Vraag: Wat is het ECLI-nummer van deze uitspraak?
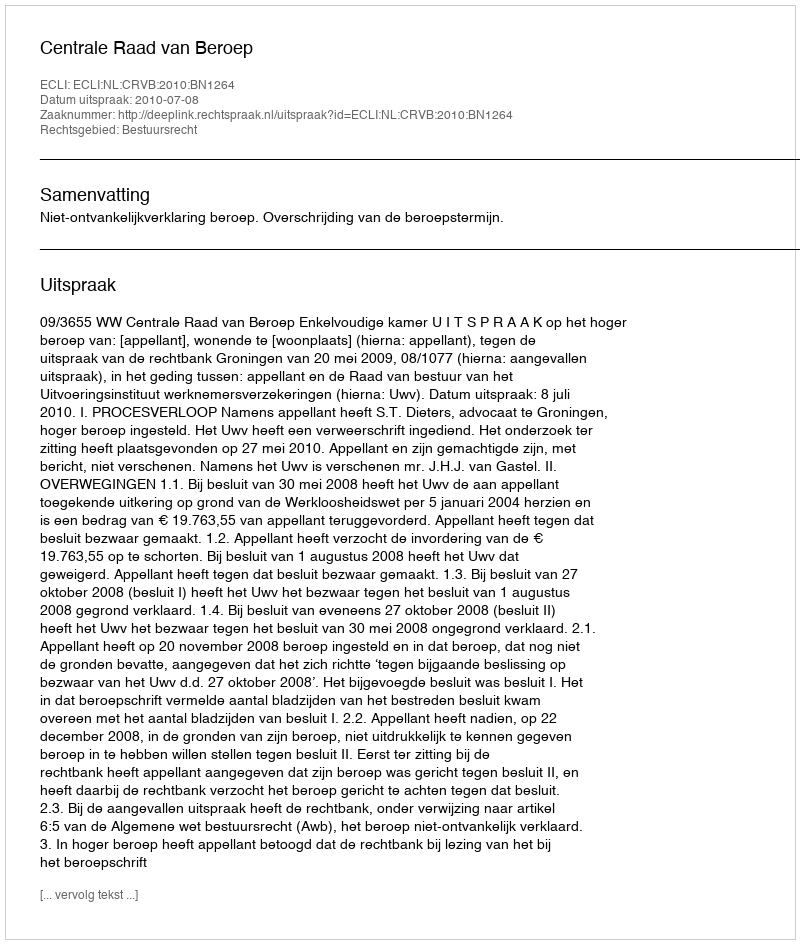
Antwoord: ECLI:NL:CRVB:2010:BN1264